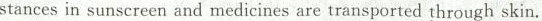
stances in sunscreen and medicines are transported through skin.